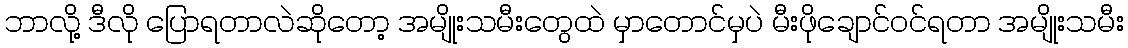
ဘာလို့ ဒီလို ပြောရတာလဲဆိုတော့ အမျိုးသမီးတွေထဲ မှာတောင်မှပဲ မီးဖိုချောင်ဝင်ရတာ အမျိုးသမီး